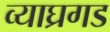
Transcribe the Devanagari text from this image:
व्याघ्रगड